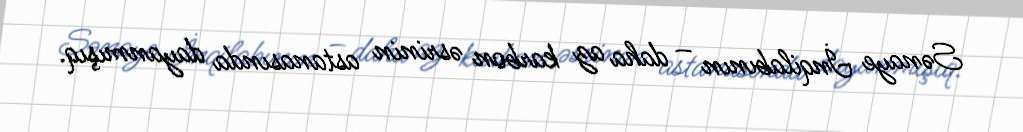
Sənaye İnqilabının – daha az karbon əsrinin astanasında dayanmışıq.